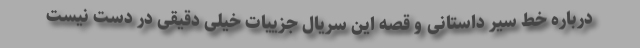
درباره خط سیر داستانی و قصه این سریال جزییات خیلی دقیقی در دست نیست